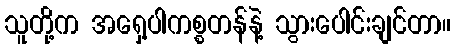
သူတို့က အရှေ့ပါကစ္စတန်နဲ့ သွားပေါင်းချင်တာ။